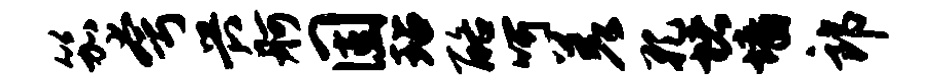
笳夸兴舸固玷酪呵差孔堵墙郎